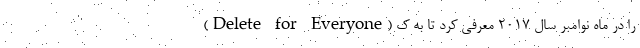
(Delete for Everyone) را در ماه نوامبر سال ۲۰۱۷ معرفی کرد تا به ک